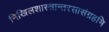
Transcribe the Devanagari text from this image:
निखिलशास्त्रान्तरसासंग्रहभि